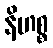
နိဟစ္စ